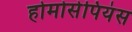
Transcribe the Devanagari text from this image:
होमोसेपियंस